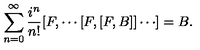
\sum _ { n = 0 } ^ { \infty } \frac { i ^ { n } } { n ! } [ F , \cdots [ F , [ F , B ] ] \cdots ] = B .